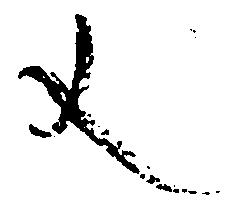
文